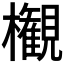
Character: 𣠤